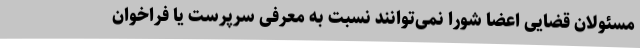
مسئولان قضایی اعضا شورا نمی‌توانند نسبت به معرفی سرپرست یا فراخوان